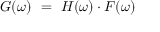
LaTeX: G ( \omega ) ~ = ~ H ( \omega ) \cdot F ( \omega )